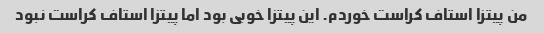
من پیتزا استاف کراست خوردم. این پیتزا خوبی بود اما پیتزا استاف کراست نبود